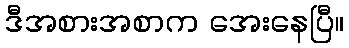
ဒီအစားအစာက အေးနေပြီ။